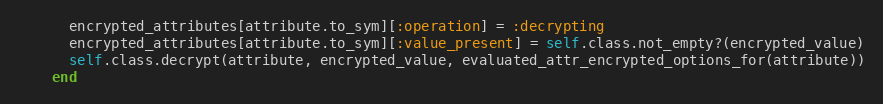
Language: Ruby
      encrypted_attributes[attribute.to_sym][:operation] = :decrypting
      encrypted_attributes[attribute.to_sym][:value_present] = self.class.not_empty?(encrypted_value)
      self.class.decrypt(attribute, encrypted_value, evaluated_attr_encrypted_options_for(attribute))
    end